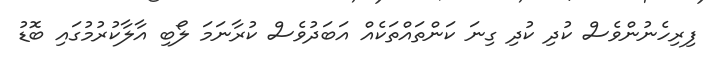
ފިރިހެނުންވެސް ކުދި ކުދި ގިނަ ކަންތައްތަކެއް އަބަދުވެސް ކުރާނަމަ ލޯބި އާލާކުރުމުގައި ބޮޑު